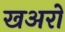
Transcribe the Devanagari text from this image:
खअरो